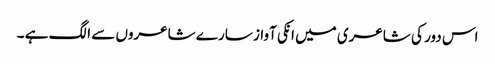
اس دور کی شاعری میں انکی آواز سارے شاعروں سے الگ ہے ۔